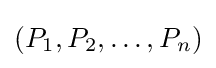
(P_{1},P_{2},\ldots ,P_{n})